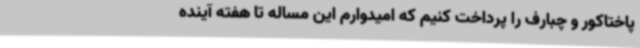
پاختاکور و چبارف را پرداخت کنیم که امیدوارم این مساله تا هفته آینده